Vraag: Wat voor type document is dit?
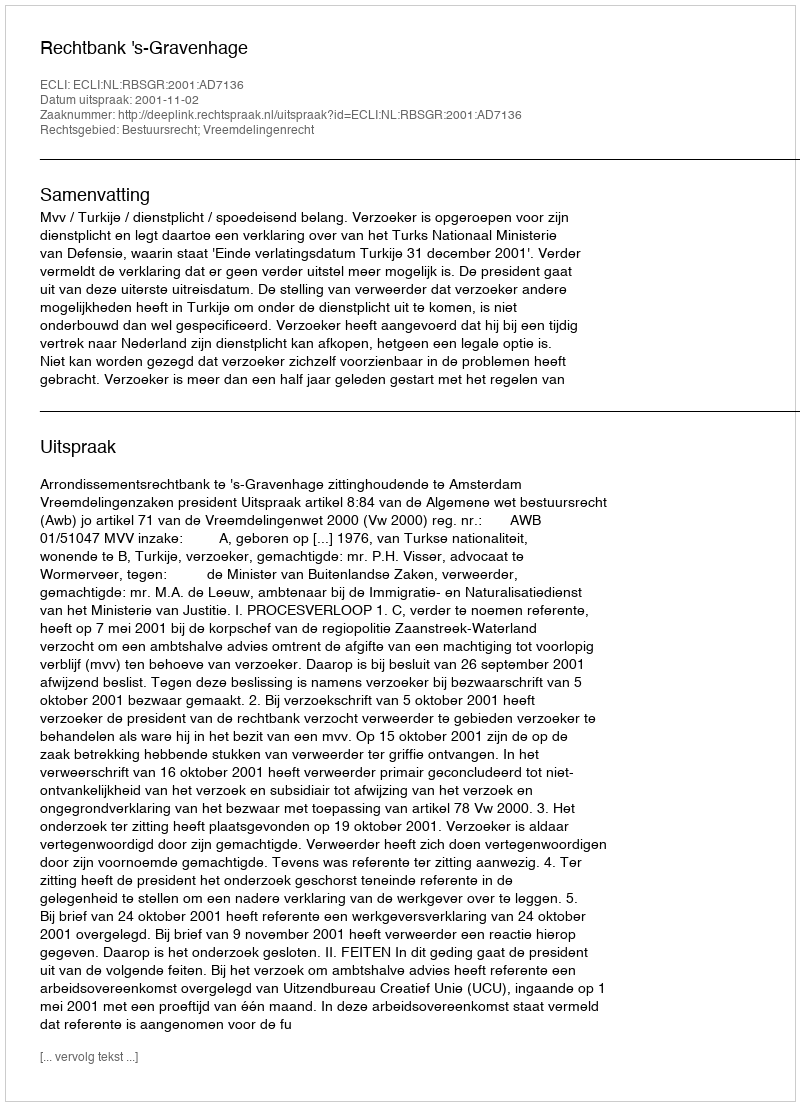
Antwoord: Uitspraak